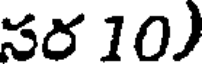
సర 10)